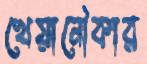
খেয়ানৌকার